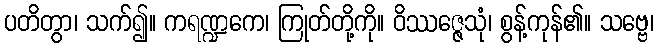
ပတိတွာ၊ သက်၍။ ကရဏ္ဍကေ၊ ကြုတ်တို့ကို။ ဝိဿဇ္ဇေသုံ၊ စွန့်ကုန်၏။ သဗ္ဗေ၊